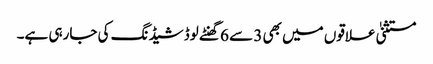
مستثنیٰ علاقوں میں بھی 3 سے 6 گھنٹے لوڈشیڈنگ کی جارہی ہے۔